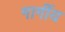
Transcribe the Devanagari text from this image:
गार्गीय